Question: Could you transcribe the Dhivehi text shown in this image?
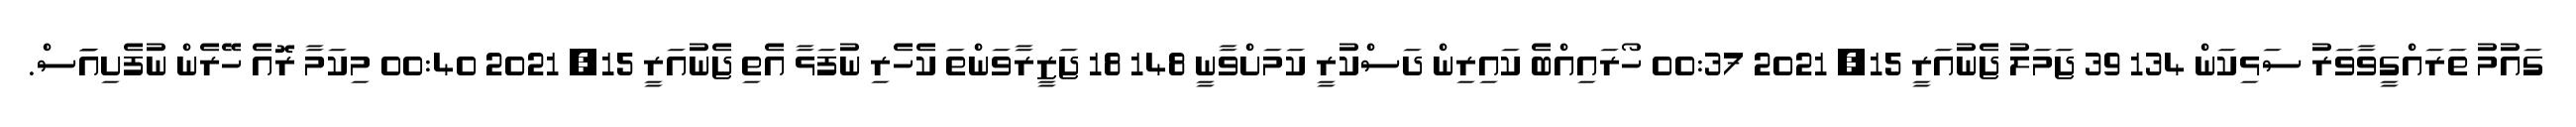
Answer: ގައުމު ތަރައްގީވާވަރު ސަޅިކަން 134 39 ޖަމަލު ޖެނުއަރީ 15, 2021 00:37 ހޯރައިއްބެ ކައިރިން ދަސްކުރީ ކަމަށްވާނީ 148 18 ޖަޒީރާވަންތަ ކެހެރި ނުފަޅާ އެތި ޖެނުއަރީ 15, 2021 00:40 މިކަމާ ރޮއެ ހޭރެން ނުފެށިއަަަސް.